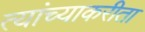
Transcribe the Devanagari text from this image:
त्यांच्याकरीता